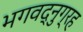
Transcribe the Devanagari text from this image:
भगवद्नुग्रह